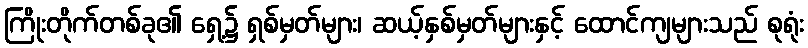
ကြိုးတိုက်တစ်ခု၏ ရှေ့၌ ရှစ်မှတ်များ၊ ဆယ့်နှစ်မှတ်များနှင့် ထောင်ကျများသည် စုရုံး